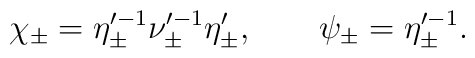
\chi_\pm = \eta_\pm^{\prime -1} \nu_\pm^{\prime -1} \eta'_\pm, \qquad\psi_\pm = \eta_\pm^{\prime -1}.